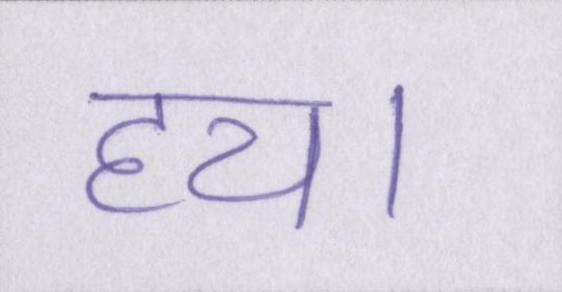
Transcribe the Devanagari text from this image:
हय।